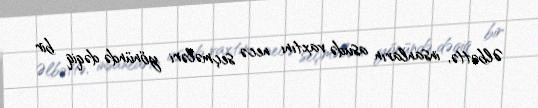
Əlbəttə, insanların asudə vaxtını necə seçmələri yönündə dəqiq bir